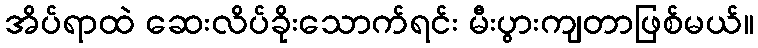
အိပ်ရာထဲ ဆေးလိပ်ခိုးသောက်ရင်း မီးပွားကျတာဖြစ်မယ်။